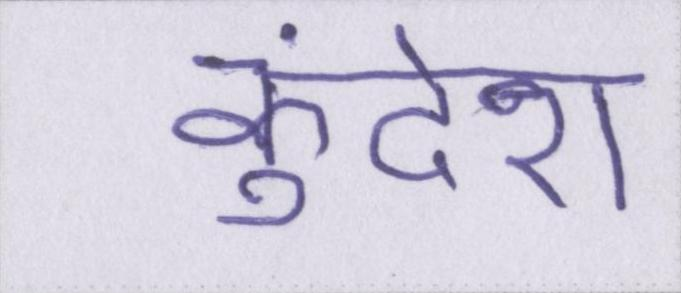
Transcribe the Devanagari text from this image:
कुंदेरा